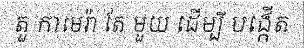
តួ កាមេរ៉ា តែ មួយ ដើម្បី បង្កើត